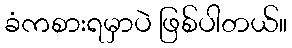
ခံကစားရမှာပဲ ဖြစ်ပါတယ်။